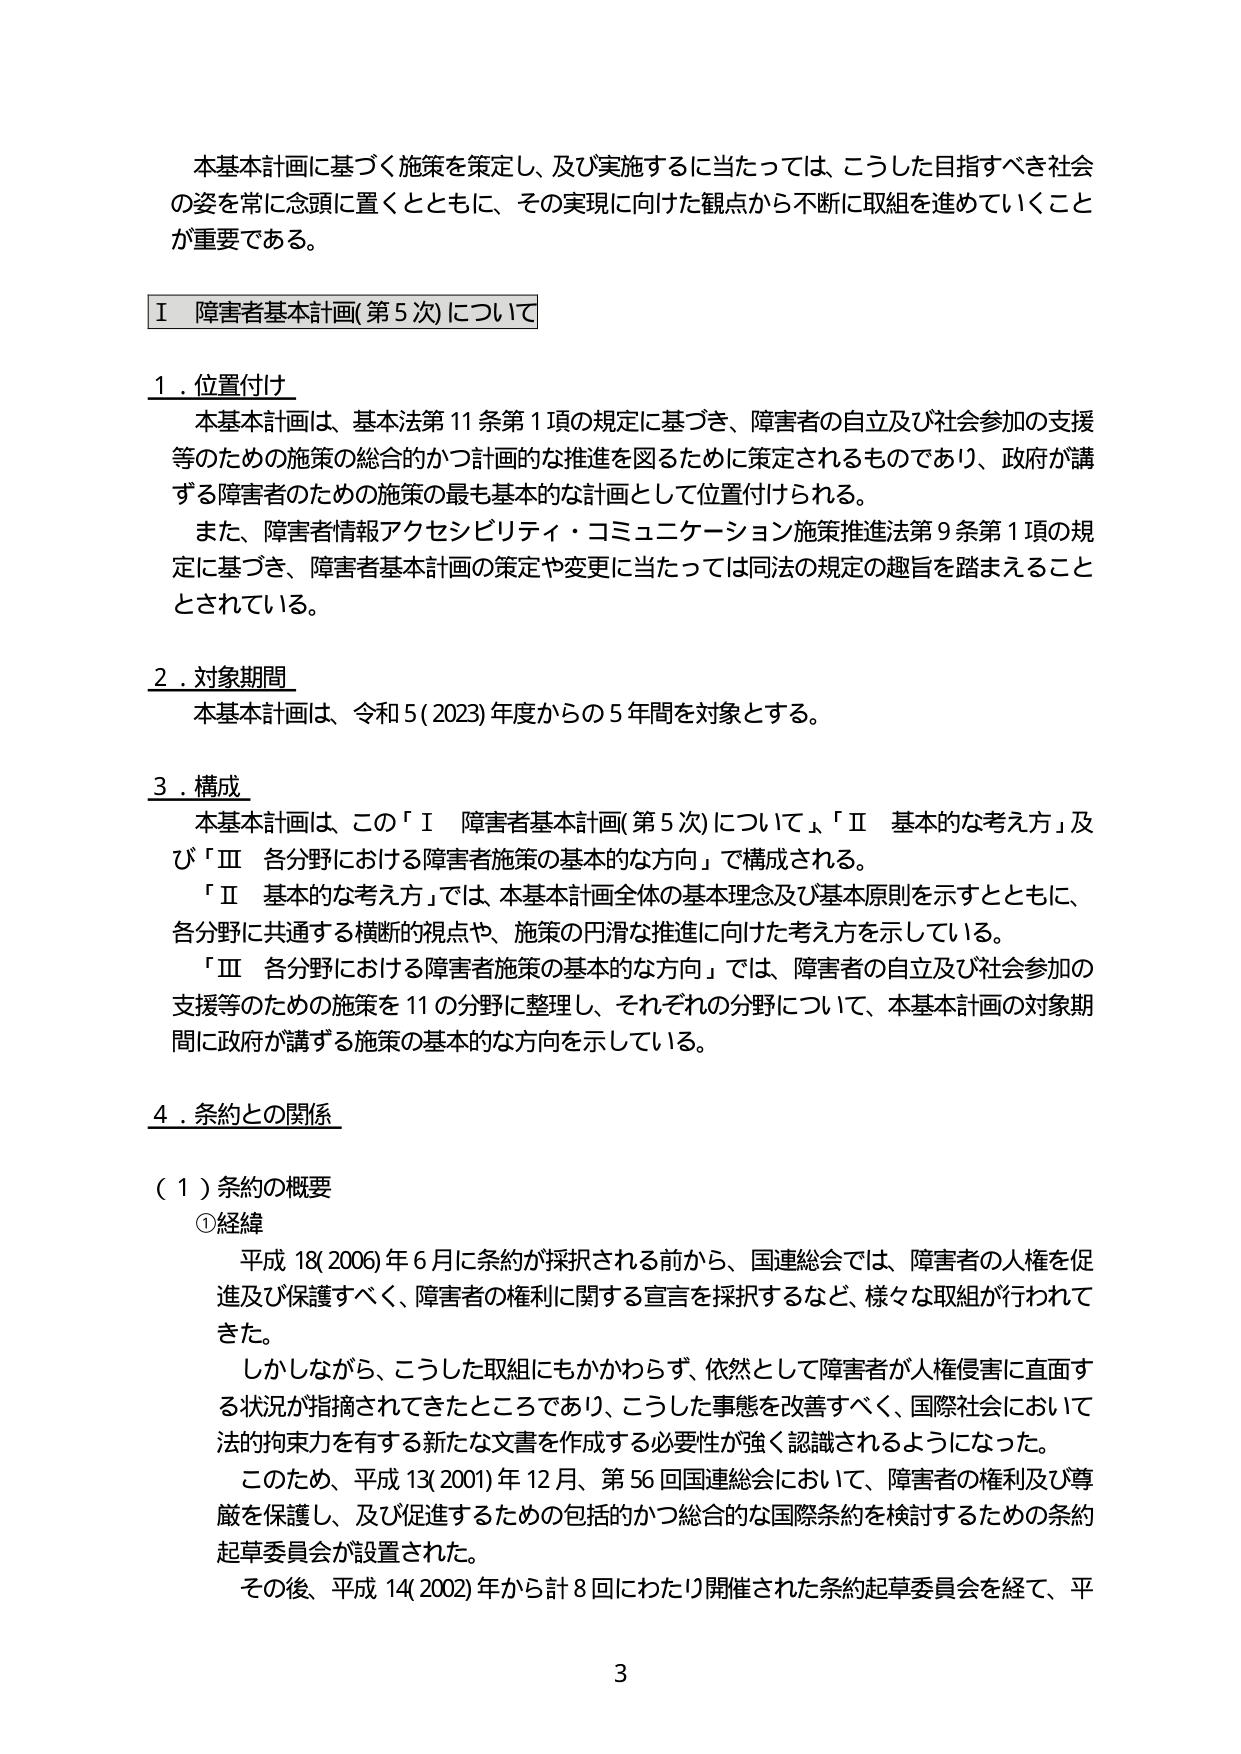
本基本計画に基づく施策を策定し、及び実施するに当たっては、こうした目指すべき社会の姿を常に念頭に置くとともに、その実現に向けた観点から不断に取組を進めていくことが重要である。

Ⅰ 障害者基本計画(第5次)について

１．位置付け
本基本計画は、基本法第11条第1項の規定に基づき、障害者の自立及び社会参加の支援等のための施策の総合的かつ計画的な推進を図るために策定されるものであり、政府が講ずる障害者のための施策の最も基本的な計画として位置付けられる。
また、障害者情報アクセシビリティ・コミュニケーション施策推進法第9条第1項の規定に基づき、障害者基本計画の策定や変更に当たっては同法の規定の趣旨を踏まえることとされている。

２．対象期間
本基本計画は、令和5(2023)年度からの5年間を対象とする。

３．構成
本基本計画は、この「Ⅰ 障害者基本計画(第5次)について」、「Ⅱ 基本的な考え方」及び「Ⅲ 各分野における障害者施策の基本的な方向」で構成される。
「Ⅱ 基本的な考え方」では、本基本計画全体の基本理念及び基本原則を示すとともに、各分野に共通する横断的視点や、施策の円滑な推進に向けた考え方を示している。
「Ⅲ 各分野における障害者施策の基本的な方向」では、障害者の自立及び社会参加の支援等のための施策を11の分野に整理し、それぞれの分野について、本基本計画の対象期間に政府が講ずる施策の基本的な方向を示している。

４．条約との関係

（１）条約の概要
①経緯
平成18(2006)年6月に条約が採択される前から、国連総会では、障害者の人権を促進及び保護すべく、障害者の権利に関する宣言を採択するなど、様々な取組が行われてきた。
しかしながら、こうした取組にもかかわらず、依然として障害者が人権侵害に直面する状況が指摘されてきたところであり、こうした事態を改善すべく、国際社会において法的拘束力を有する新たな文書を作成する必要性が強く認識されるようになった。
このため、平成13(2001)年12月、第56回国連総会において、障害者の権利及び尊厳を保護し、及び促進するための包括的かつ総合的な国際条約を検討するための条約起草委員会が設置された。
その後、平成14(2002)年から計8回にわたり開催された条約起草委員会を経て、平

3